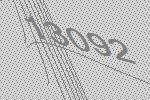
13092